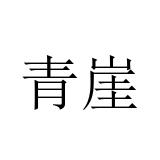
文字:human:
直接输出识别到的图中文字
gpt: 青崖